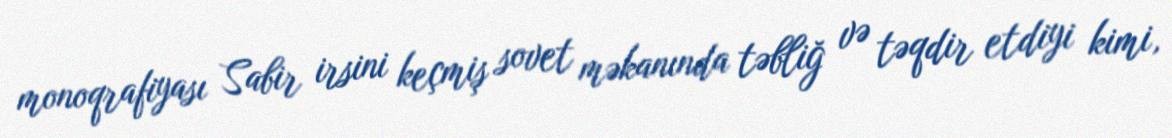
monoqrafiyası Sabir irsini keçmiş sovet məkanında təbliğ və təqdir etdiyi kimi,